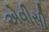
એવીસી